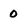
Character: 0